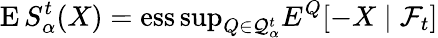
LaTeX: \operatorname{E}S_{\alpha}^{t}(X)=\operatorname{ess\operatorname*{sup}}_{Q\in{\mathcal{Q}}_{\alpha}^{t}}E^{Q}[-X\mid{\mathcal{F}}_{t}]